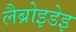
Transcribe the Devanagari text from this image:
लैब्रोइडेइ